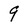
Character: 9